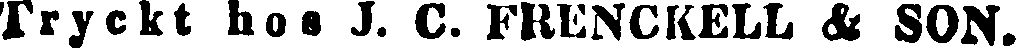
Tryckt hos J. C. FRENCKELL & SON.